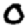
Digit: 0